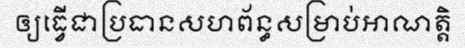
ឲ្យធ្វើជាប្រធានសហព័ន្ធសម្រាប់អាណត្តិ